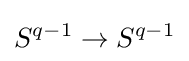
S^{q-1}\rightarrow S^{q-1}